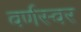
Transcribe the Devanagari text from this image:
वर्णस्वर